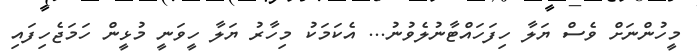
މީހުންނަށް ވެސް ޔަލާ ހިފަހައްޓާނުލެވުނު... އެކަމަކު މިހާރު ޔަލާ ހީވަނީ މުޅީން ހަމަޖެހިފައި